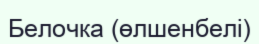
Белочка (өлшенбелі)